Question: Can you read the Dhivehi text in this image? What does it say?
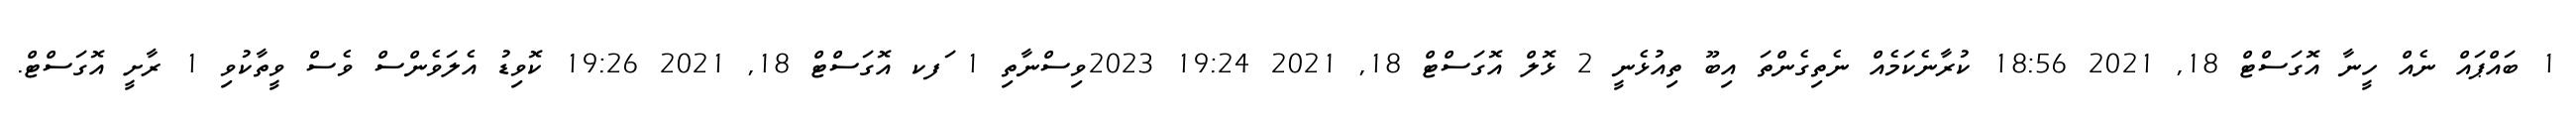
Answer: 1 ބައްޕައް ނެއް ހީނާ އޮގަސްޓް 18, 2021 18:56 ކުރާނެކަމެއް ނެތިގެންތަ އިބޫ ތިއުޅެނީ 2 ޅޮލް އޮގަސްޓް 18, 2021 19:24 2023ވިސްނާތި 1 ަފކ އޮގަސްޓް 18, 2021 19:26 ކޮވިޑު އެލަވެންސް ވެސް ވީތާކުވި 1 ރާށީ އޮގަސްޓް.